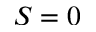
S = 0